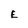
Character: E